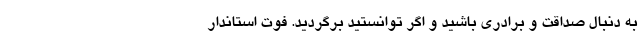
به دنبال صداقت و برادری باشید و اگر توانستید برگردید. فوت استاندار